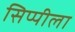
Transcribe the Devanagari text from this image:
सिप्पीला